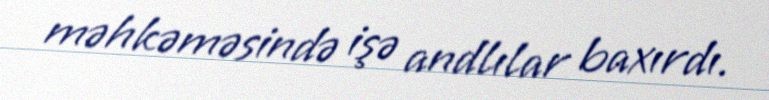
məhkəməsində işə andlılar baxırdı.